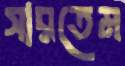
সারতেম